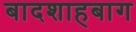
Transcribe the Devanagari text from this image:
बादशाहबाग